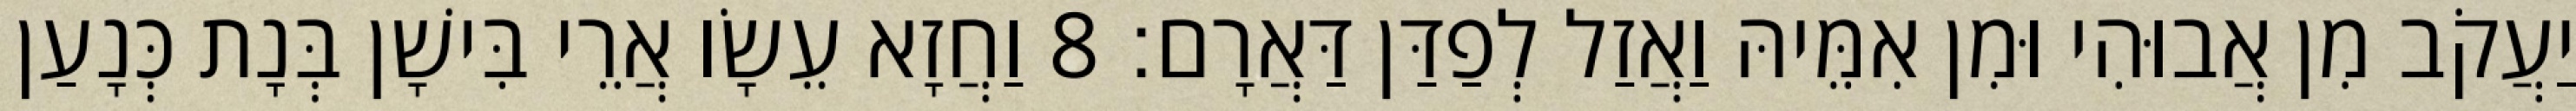
יַעֲקֹב מִן אֲבוּהִי וּמִן אִמֵּיהּ וַאֲזַל לְפַדַּן דַּאֲרָם׃ 8 וַחֲזָא עֵשָׂו אֲרֵי בִּישָׁן בְּנָת כְּנָעַן